Rules and regulations of the Bombay Veterinary College
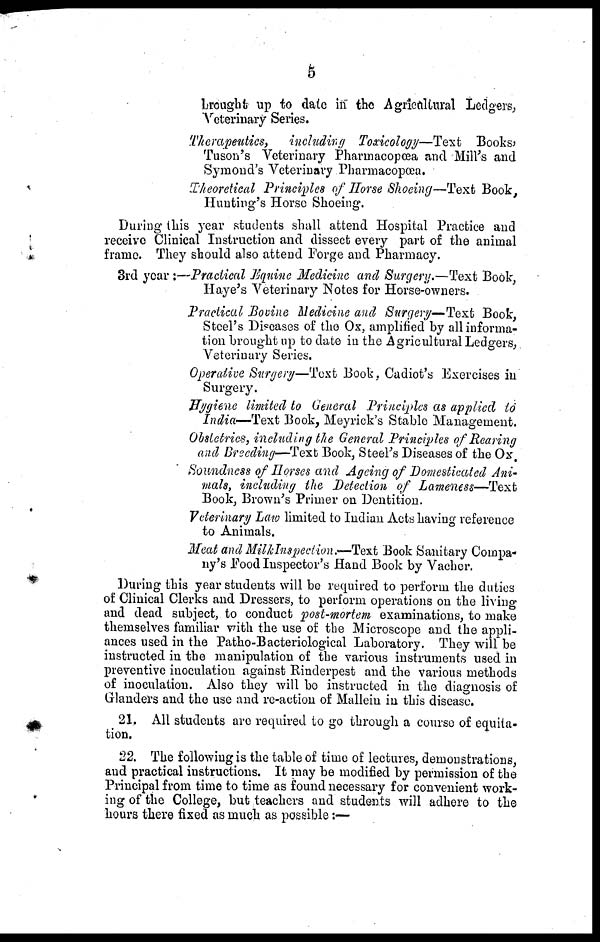
5
brought up to date in the Agricultural Ledgers,
Veterinary Series.
Therapeutics,
including Toxicology—Text
Books,
Tuson's Veterinary Pharmacopœa and Mill's and
Symond's Veterinary Pharmacopœa.
Theoretical Principles of Horse Shoeing—Text Book,
Hunting's Horse Shoeing.
During this year students shall attend Hospital Practice and
receive Clinical Instruction and dissect every part of the animal
frame. They should also attend Forge and Pharmacy.
3rd year :—Practical Equine Medicine and Surgery.—Text Book,
Haye's Veterinary Notes for Horse-owners.
Practical Bovine Medicine and Surgery—Text Book,
Steel's Diseases of the Ox, amplified by all informa-
tion brought up to date in the Agricultural Ledgers,
Veterinary Series.
Operative Surgery—Text Book, Cadiot's Exercises in
Surgery.
Hygiene limited to General Principles as applied to
India-—Text Book, Meyrick's Stable Management.
Obstetrics, including the General Principles of Rearing
and Breeding—Text Book, Steel's Diseases of the Ox,
Soundness of Horses and Ageing of Domesticated Ani-
mals, including the Detection of Lameness—Text
Book, Brown's Primer on Dentition.
Veterinary Law limited to Indian Acts having reference
to Animals.
Meat and MilkInspection.—-Text Book Sanitary Compa-
ny's Food Inspector's Hand Book by Vacher.
During this year students will be required to perform the duties
of Clinical Clerks and Dressers, to perform operations on the living
and dead subject, to conduct post-mortem examinations, to make
themselves familiar with the use of the Microscope and the appli-
ances used in the Patho-Bacteriological Laboratory. They will be
instructed in the manipulation of the various instruments used in
preventive inoculation against Rinderpest and the various methods
of inoculation. Also they will be instructed in the diagnosis of
Glanders and the use and re-action of Mallein in this disease.
21. All students are required to go through a course of equita-
tion.
22. The following is the table of time of lectures, demonstrations,
and practical instructions. It may be modified by permission of the
Principal from time to time as found necessary for convenient work-
ing of the College, but teachers and students will adhere to the
hours there fixed as much as possible:—